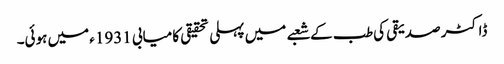
ڈاکٹر صدیقی کی طب کے شعبے میں پہلی تحقیقی کامیابی 1931ء میں ہوئی۔